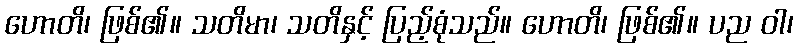
ဟောတိ၊ ဖြစ်၏။ သတိမာ၊ သတိနှင့် ပြည့်စုံသည်။ ဟောတိ၊ ဖြစ်၏။ ပည ဝါ၊